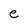
Character: e